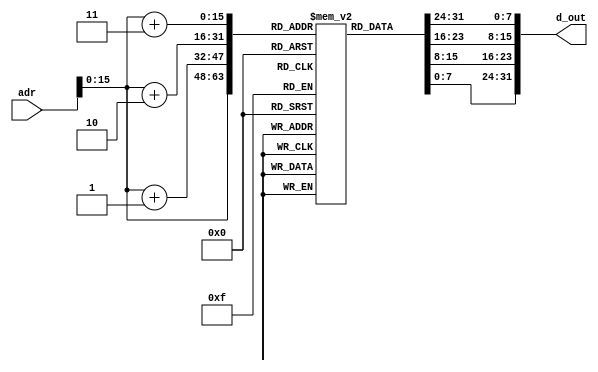
module instmem_slti (adr, d_out);
  input [31:0] adr;
  output [31:0] d_out;
  reg [7:0] mem[0:65535];

  initial

  begin


    {mem[3], mem[2], mem[1], mem[0]}     = {6'h23, 5'd0, 5'd3, 16'd1000};   // LW R3 1000(R0)
    {mem[7], mem[6], mem[5], mem[4]}     = {6'b001010, 5'd3, 5'd1, 16'd20}; //SLTi R1, R3, 20       
    {mem[11], mem[10], mem[9], mem[8]}   = {6'b001010, 5'd3, 5'd2, 16'd10}; //SLTi  R2, R3, 10
    {mem[15], mem[14], mem[13], mem[12]} = {6'h2B, 5'd0, 5'd1, 16'd2000};   //SW R1, 2000(R0)
    {mem[19], mem[18], mem[17], mem[16]} = {6'h2B, 5'd0, 5'd2, 16'd2004};   //SW R2, 2004(R0) 
    {mem[23], mem[22], mem[21], mem[20]} = {6'h2B, 5'd9, 5'd3, 16'd1000};   //SW R3 1000(R9)
  end
  
  assign d_out = {mem[adr[15:0]+3], mem[adr[15:0]+2], mem[adr[15:0]+1], mem[adr[15:0]]};
  
endmodule